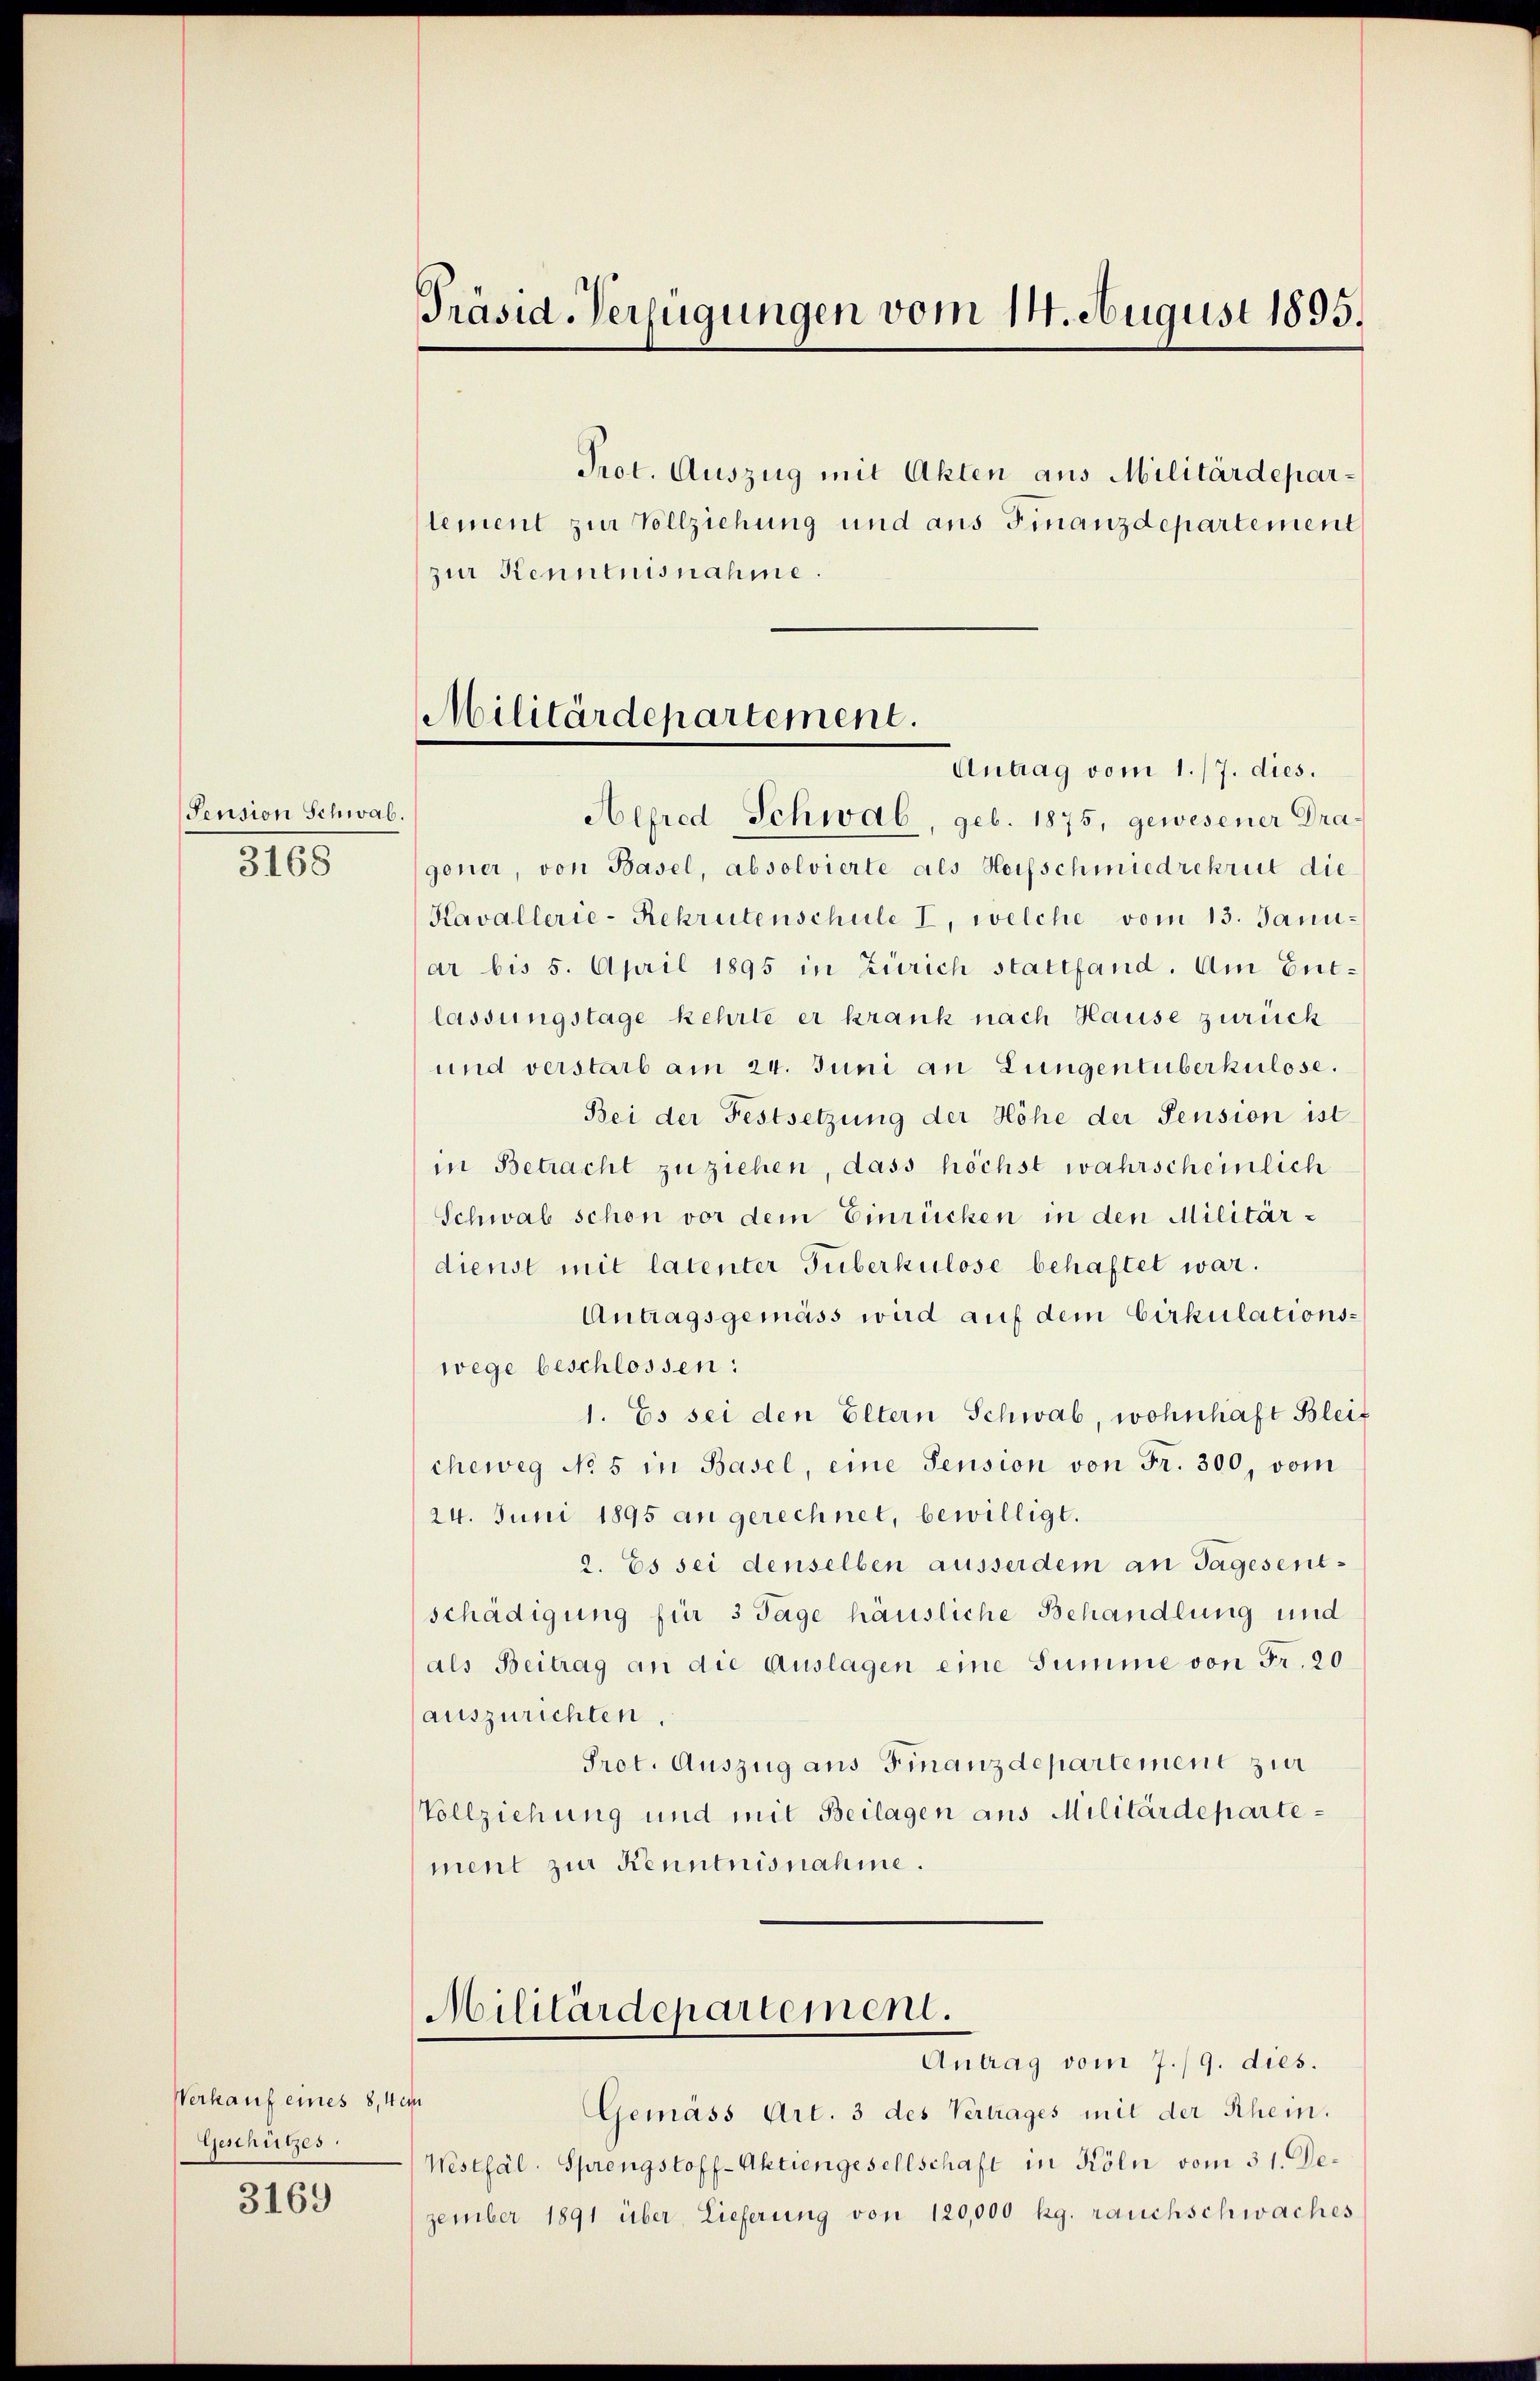
Pension Schwab.
3168

Verkauf eines 8,4em
Geschützes

3169

Präsid-Verfügungen vom 14. August 1895.

Militärdepartement.
Antrag vom 1./7. dies.

Prot. Auszug mit Akten aus Militärdepar¬
Clement zur Vollziehung und aus Finanzdepartement
zur Kenntnisnahme

Alfred Schwab, geb. 1875, gewesener Dragoner, von Basel, absolvierte als Heisschmiedrekrut die
Kavallerie-Rekrutenschule I, welche vom 13. Januar bis 5. April 1895 in Zürich stattfand. Am Entlassungstage kehrte er krank nach Hause zurück
und verstarb am 24. Juni an Lungentuberkulose.
Bei der Festsetzung der Höhe der Pension ist
in Betracht zu ziehen, dass höchst wahrscheinlich
Schwab schon vor dem Einrücken in den Militärdienst mit latenter Tuberkulose behaftet war.
Antragsgemäss wird auf dem Cirkulations-
wege beschlossen:
1. Es sei den Eltern Schwab, wohnhaft Bleit
cheweg No 5 in Basel, eine Pension von Fr. 300, vom
24. Juni 1895 an gerechnet, bewilligt.
2. Es sei denselben ausserdem an Tagesentschädigung für 3 Tage häusliche Behandlung und
als Beitrag an die Auslagen eine Summe von Fr. 20
auszurichten.
Prot. Auszug ans Finanzdepartement zur
Vollziehung und mit Beilagen aus Militärdepartement zur Kenntnisnahme.

Antrag vom 7./9. dies.
Gemäss Art. 3 des Vertrages mit der Rhein.
Westhal- Sprengstoff-Aktiengesellschaft in Köln vom 31. Dezember 1891 über Lieferung von 120,000 kg. rauchschwaches

Militärdepartement.